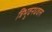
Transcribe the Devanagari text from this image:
त्रिभुवनधवल